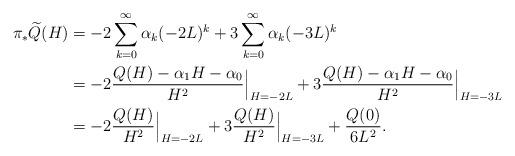
LaTeX: \begin{align*} \pi_* \widetilde{Q}(H) &=-2\sum_{k=0}^{\infty} \alpha_k (-2L)^k +3\sum_{k=0}^{\infty} \alpha_k (-3L)^k \\&= -2\frac{Q(H)-\alpha_1 H-\alpha_0}{H^2} \Big|_{H=-2L}+3\frac{Q(H)-\alpha_1 H-\alpha_0}{H^2}\Big|_{H=-3L} \\&= -2\frac{Q(H)}{H^2}\Big|_{H=-2L}+3\frac{Q(H)}{H^2}\Big|_{H=-3L}+\frac{Q(0)}{6L^2}.\end{align*}